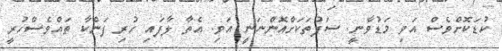
ކުޑަކޮށްވެސް އަވި މަޑުވާނީ. ސަފުތަކަށްއޮންނަނީ އަވި. އެތާ ލާފައި ހުރި ފަންކާ ތައްވެސްހުރީ